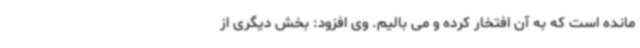
مانده است که به آن افتخار کرده و می بالیم. وی افزود: بخش دیگری از